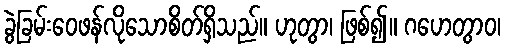
ခွဲခြမ်းဝေဖန်လိုသောစိတ်ရှိသည်။ ဟုတွာ၊ ဖြစ်၍။ ဂဟေတွာဝ၊